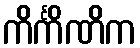
ကိင်္ကိဏိက